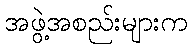
အဖွဲ့အစည်းများက